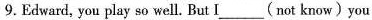
9.Edward, you play so well But I ___(not know ) you